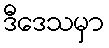
ဒီဒေသမှာ